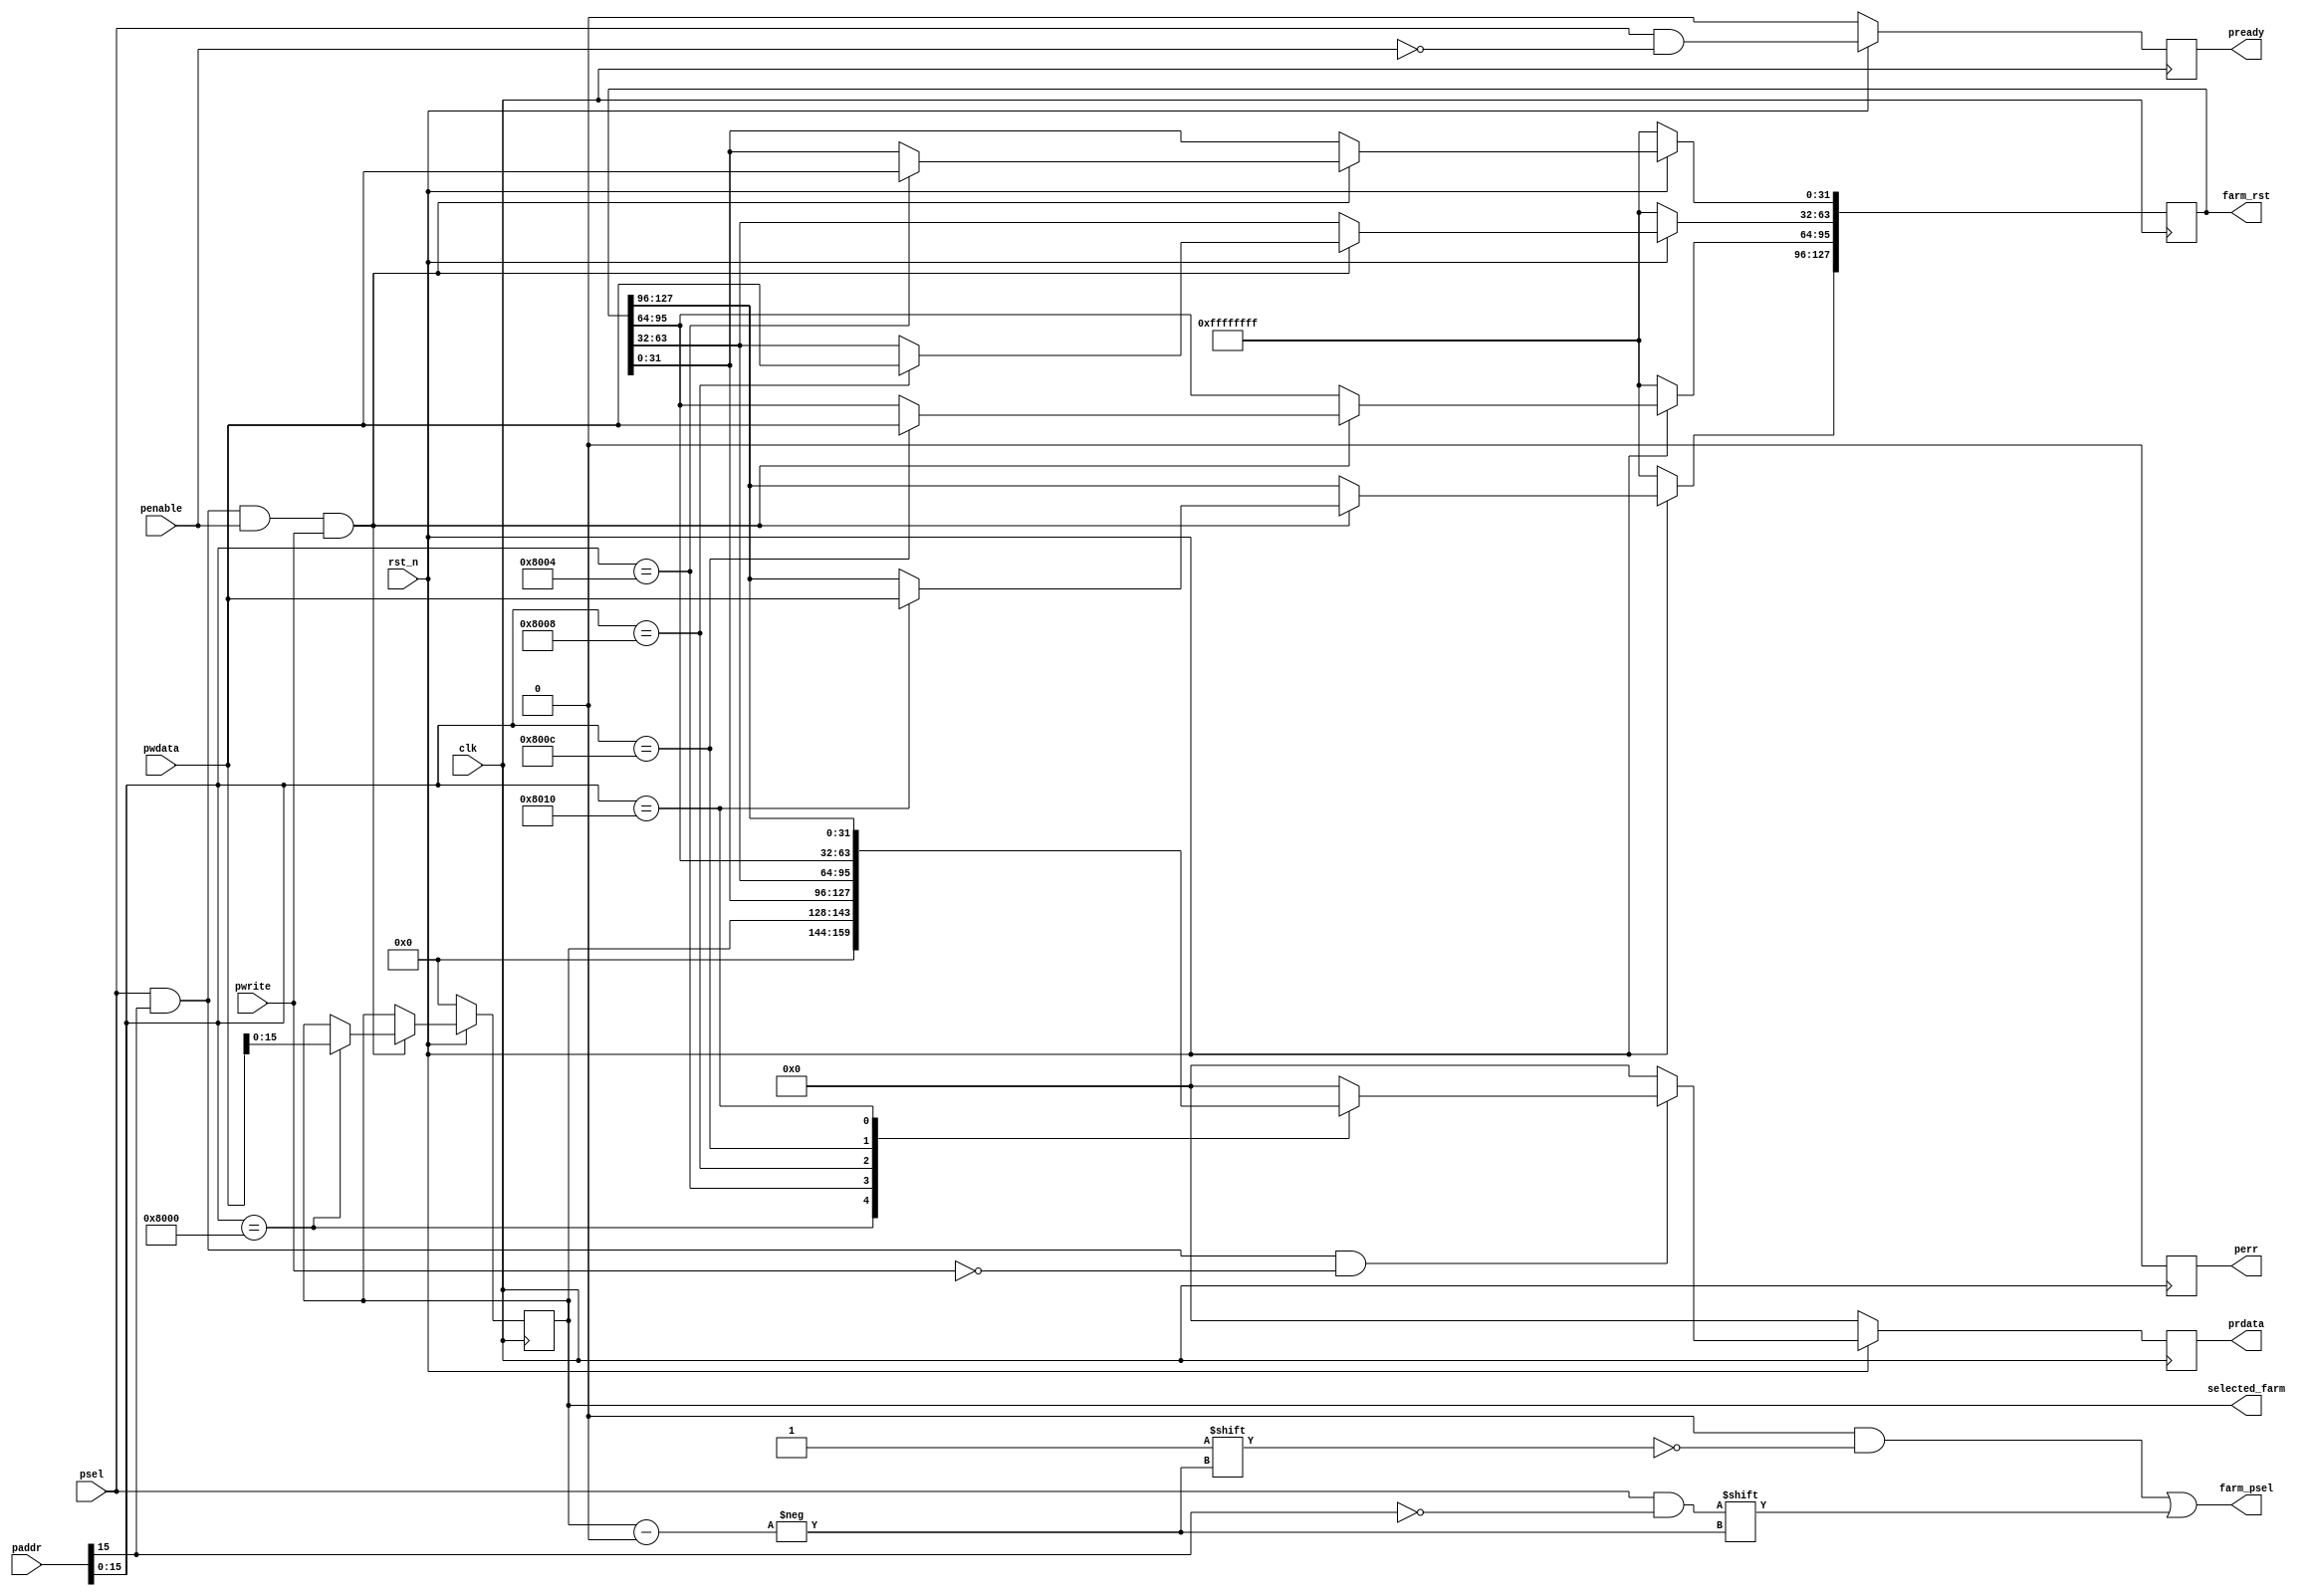
module servfarm_csr
  ( input  clk,
    input  rst_n,

    input  [31:0] paddr,
    input  psel,
    input  penable,
    input  pwrite,
    input  [31:0] pwdata,
    output reg [31:0] prdata,
    output reg pready,
    output reg perr,

    output reg  [15:0] selected_farm,
    output reg [127:0] farm_rst,
    output reg [127:0] farm_psel
  );

  wire [15:0] csr_addr   = paddr[15:0];
  wire        csr_pselx  = psel && csr_addr[15];
  wire        farm_pselx = psel && !csr_addr[15];
  wire        csr_write  = csr_pselx && penable && pwrite;
  wire        csr_read   = csr_pselx && !pwrite;

  always @(posedge clk)
  begin
    if (!rst_n) begin
      pready <= 1'b0;
      perr   <= 1'b0;
      prdata <= 32'b0;
      selected_farm <= 16'h0;
      farm_rst = -1;
    end else begin
      pready <= psel && !penable;
      perr   <= 1'b0;
      prdata <= 32'b0;

      if (csr_write) begin
        case (csr_addr)
          16'h8000: selected_farm      <= pwdata[15:0];
          16'h8004: farm_rst[31:0]   <= pwdata;
          16'h8008: farm_rst[63:32]  <= pwdata;
          16'h800C: farm_rst[95:64]  <= pwdata;
          16'h8010: farm_rst[127:96] <= pwdata;
          default: ;
        endcase
      end
      
      if (csr_read) begin
        case (csr_addr)
          16'h8000: prdata <= {16'b0, selected_farm};
          16'h8004: prdata <= farm_rst[31:0];
          16'h8008: prdata <= farm_rst[63:32];
          16'h800C: prdata <= farm_rst[95:64];
          16'h8010: prdata <= farm_rst[127:96];
          default: prdata <= 32'h0;
        endcase
      end

    end
  end

/*
  always @(posedge clk)
  begin
    if (!rst_n) begin
      pready <= 1'b0;
      perr   <= 1'b0;
      prdata <= 32'b0;
      selected_farm <= 16'h0;
      farm_rst = -1;
    end else begin
      pready <= psel && !penable;
      perr   <= 1'b0;
      prdata <= 32'b0;
      case (csr_addr)
        16'h0:
          if (csr_write) begin
            selected_farm <= pwdata[15:0];
          end else if (csr_read)  begin
            prdata <= {16'b0, selected_farm};
          end

        16'h4:
          if (csr_write) begin
            farm_rst[31:0] <= pwdata;
          end else if (csr_read)  begin
            prdata <= farm_rst[31:0];
          end

        16'h8:
          if (csr_write) begin
            farm_rst[63:32] <= pwdata;
          end else if (csr_read)  begin
            prdata <= farm_rst[63:32];
          end

        16'hC:
          if (csr_write) begin
            farm_rst[95:64] <= pwdata;
          end else if (csr_read)  begin
            prdata <= farm_rst[95:64];
          end

        16'h10:
          if (csr_write) begin
            farm_rst[127:96] <= pwdata;
          end else if (csr_read)  begin
            prdata <= farm_rst[127:96];
          end

        default:
            prdata <= 32'h0;
      endcase
    end
  end
*/



  always@(*)
  begin
    farm_psel = 0;
    farm_psel[selected_farm] = farm_pselx;
  end
  
endmodule